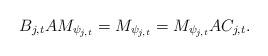
LaTeX: \begin{align*}B_{j,t} A M_{\psi_{j,t}} = M_{\psi_{j,t}} = M_{\psi_{j,t}} A C_{j,t}.\end{align*}